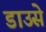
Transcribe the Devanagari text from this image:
डाउसे